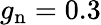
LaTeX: g_{\mathrm{n}}=0.3